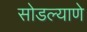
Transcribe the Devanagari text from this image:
सोडल्याणे